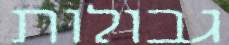
גבולות